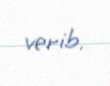
verib.